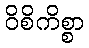
ဝိစိကိစ္စာ